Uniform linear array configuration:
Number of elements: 32
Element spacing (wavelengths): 0.25
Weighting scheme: exponential
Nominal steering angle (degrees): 0
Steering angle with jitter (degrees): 0.1708
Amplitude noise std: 0.05
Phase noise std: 0.05

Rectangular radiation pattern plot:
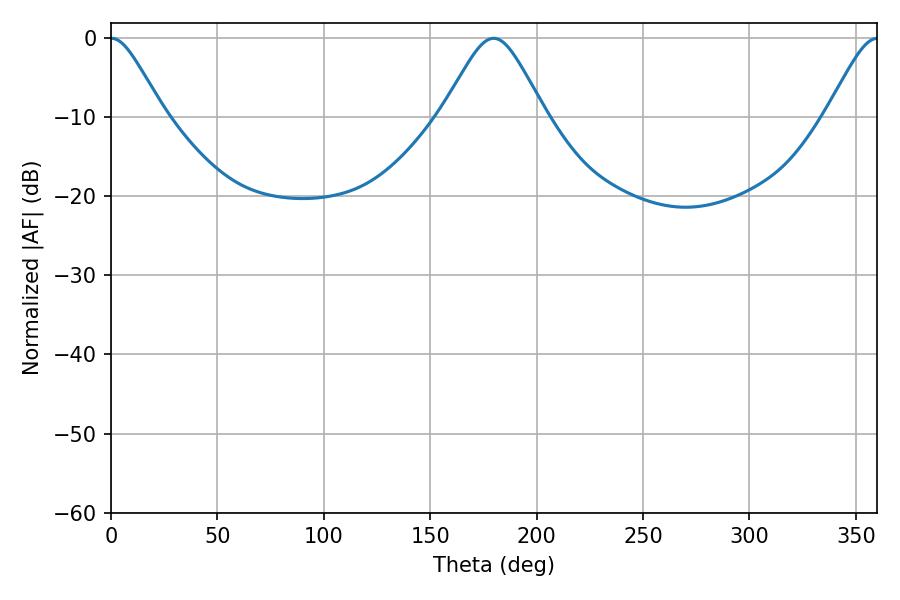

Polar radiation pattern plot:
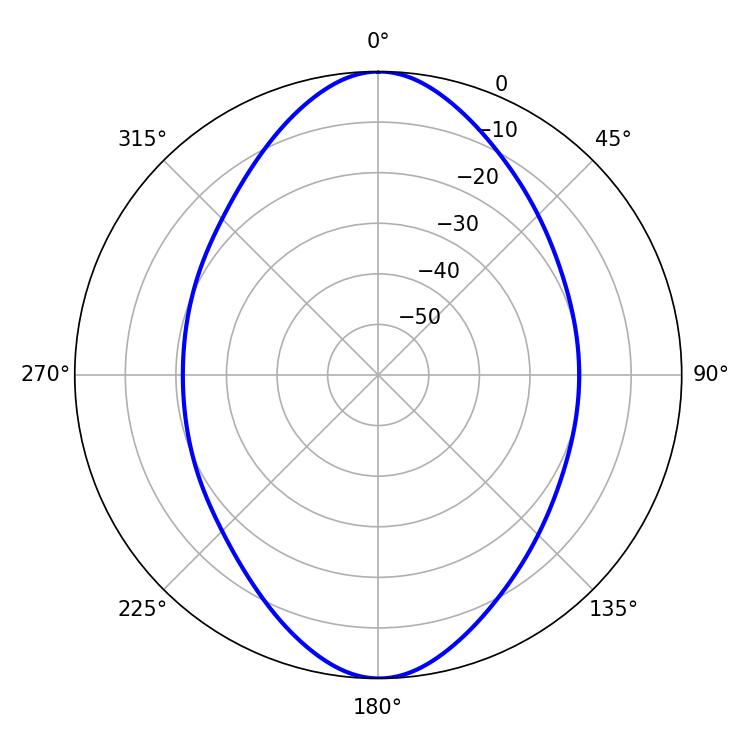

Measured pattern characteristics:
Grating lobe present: FALSE
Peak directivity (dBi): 22.226
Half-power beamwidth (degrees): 12.06
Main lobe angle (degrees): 0.18